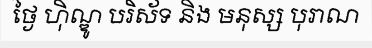
ថ្ងៃ ហ៊ិណ្ឌូ បរិស័ទ និង មនុស្ស បុរាណ